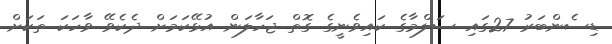
ޑިސެންބަރު 27ގައި ސަލްމާގެ ކައިވެނީގެ ގޮތް ޖަހާލަން އުޅޭކަމަށް ދެކެވޭ ވާހަކަ ތަކަށް